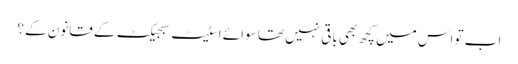
اب تو اس میں کچھ بھی باقی نہیں تھا سوائے اسٹیٹ سبجیکٹ کے قانون کے؟